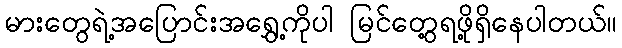
မားတွေရဲ့အပြောင်းအရွှေ့ကိုပါ မြင်တွေ့ရဖို့ရှိနေပါတယ်။